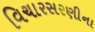
વિચારસરણીના